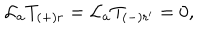
{ \cal L } _ { a } T _ { ( + ) r } = { \cal L } _ { a } T _ { ( - ) r ^ { \prime } } = 0 ,